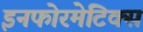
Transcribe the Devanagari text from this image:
इनफोरमेटिक्स